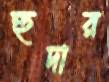
হুদার